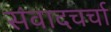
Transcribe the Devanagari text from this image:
संवादचर्चा